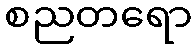
စညတရော